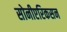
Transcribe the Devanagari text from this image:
सोनीएरिकसन